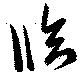
臨